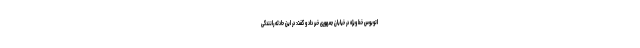
اتوبوس خط ویژه در خیابان جمهوری خبر داد و گفت: در این حادثه رانندگی